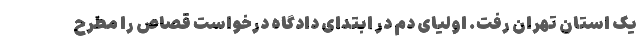
یک استان تهران رفت. اولیای دم در ابتدای دادگاه درخواست قصاص را مطرح